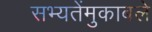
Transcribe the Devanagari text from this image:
सभ्यतेंमुकाबले